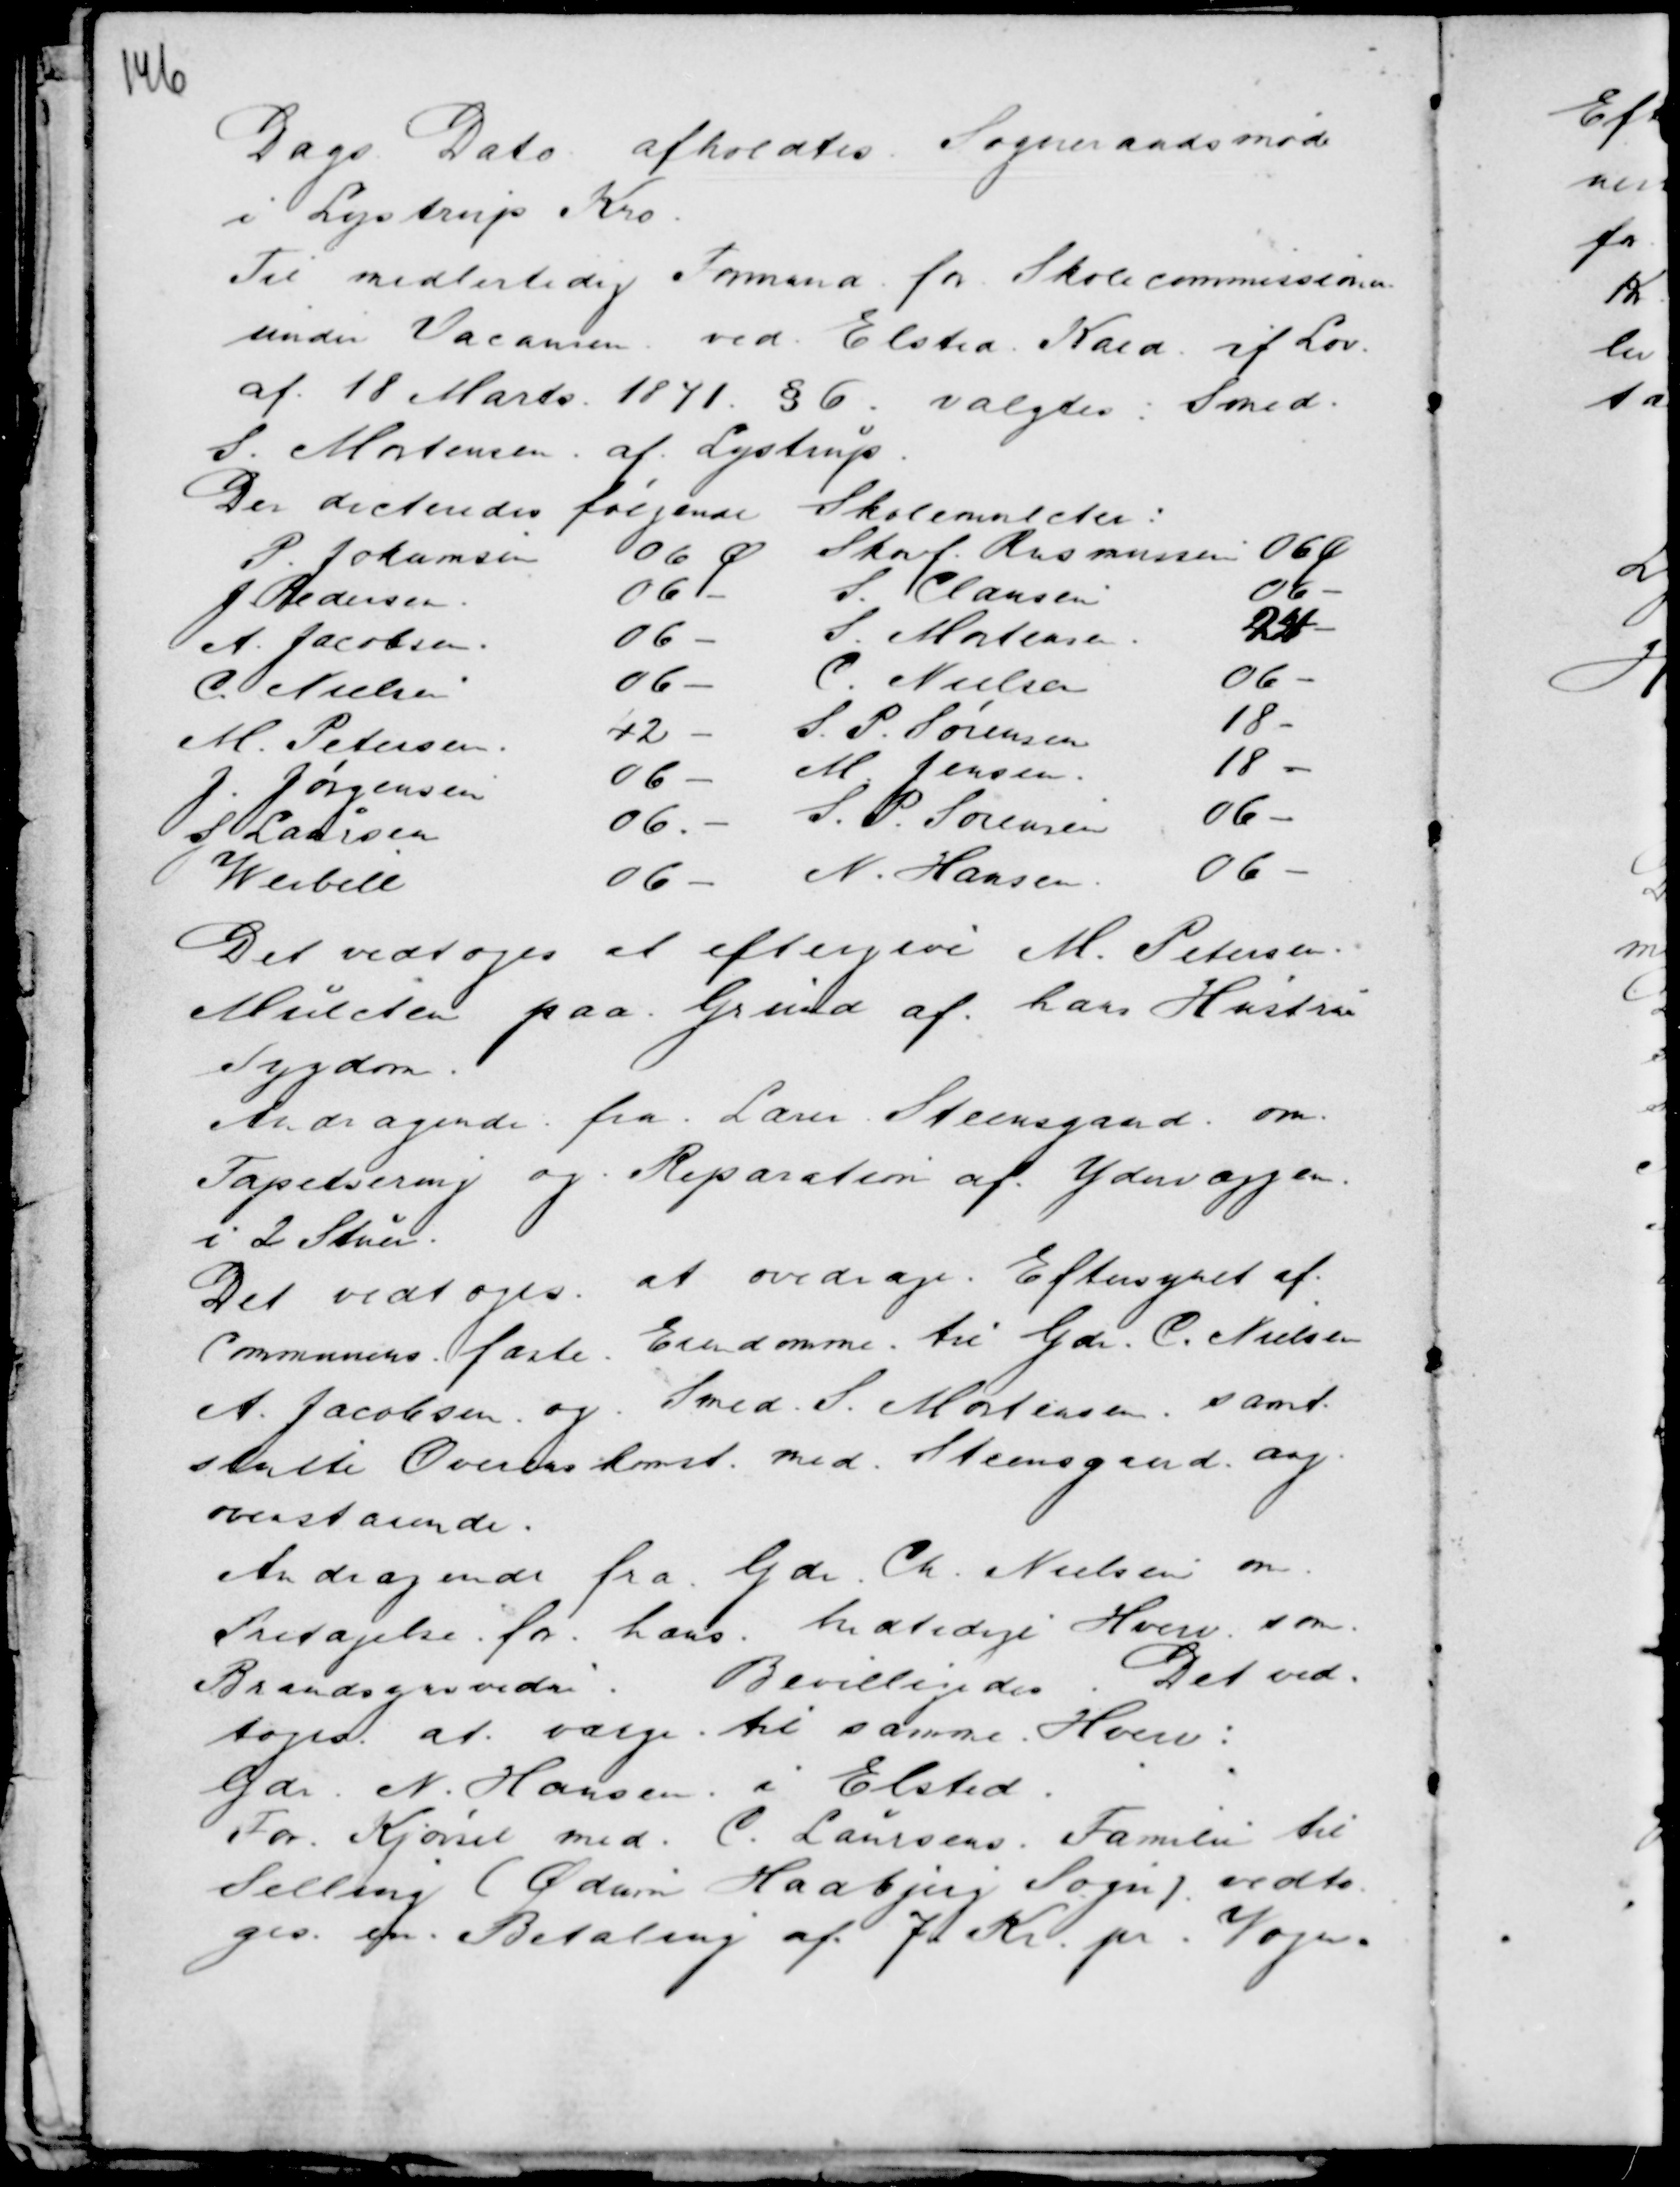
Transskription:
Dags Dato afholdtes Sogneraadsmøde
i Lystrup Kro.
Til midlertidig Formand for Skolecommissionen
under Vacansen ved Elsted Kald if Lov
af 18 Marts 1841 §6 valgtes Sned.
S. Mortensen af Lystrup.
Der dicteredes følgende Skolemulcter :

Det vedtoges at eftergive M. Petersen
Mulcter paa Grund af hans Hustrus
Sygdom.
Andragende fra Lærer Steensgaard om
Tapetsering og Reparation af Ydervæggen
i 2 Stuer.
Det vedtoges at overdrage Eftersynet af
Communens faste Eiendomme til Gdr C. Nielsen
A. Jacobsen og Smed . S. Mortensen samt
slutte Overenskomst med Steensgaard ang.
ovenstaaende.
Andragende fra Gdr Ch. Nielsen om
Fritagelse for hans hidtidige Hverv som
Brandsynsvidne. Bevilligedes. Det ved-
toges at vælge til samme Hverv :
Gdr N. Hansen i Elsted.
For Kjørsel med C. Laursens Familie til
Selling (Ødum Hadbjerg Sogn). vedto-
ges en Betaling af 7 Kr. pr. Vogn.